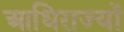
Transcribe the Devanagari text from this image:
आधिराज्यों